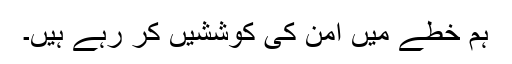
ہم خطے میں امن کی کوششیں کر رہے ہیں۔